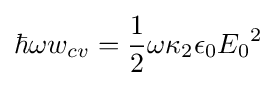
\hbar \omega w_{cv}={1 \over 2}\omega \kappa _{2}\epsilon _{0}{E_{0}}^{2}